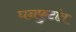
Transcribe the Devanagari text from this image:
घनफुटांत